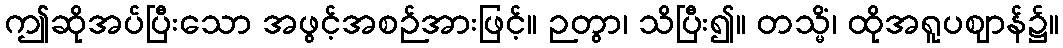
ဤဆိုအပ်ပြီးသော အဖွင့်အစဉ်အားဖြင့်။ ဉတွာ၊ သိပြီး၍။ တသ္မိံ၊ ထိုအရူပဈာန်၌။